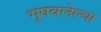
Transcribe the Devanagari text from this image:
भूषवलेल्या